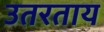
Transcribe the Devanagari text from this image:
उतरताय